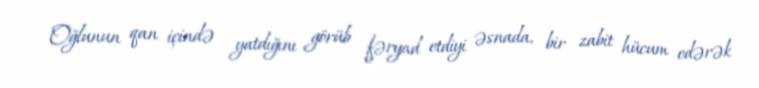
Oğlunun qan içində yatdığını görüb fəryad etdiyi əsnada, bir zabit hücum edərək